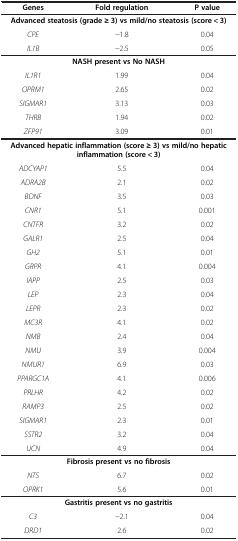
<table><thead><tr><td><b>Genes</b></td><td><b>Fold regulation</b></td><td><b>P value</b></td></tr></thead><tbody><tr><td colspan="3"><b>Advanced steatosis (grade ≥ 3) vs mild/no steatosis (score &lt; 3)</b></td></tr><tr><td><i>CPE</i></td><td>−1.8</td><td>0.04</td></tr><tr><td><i>IL1B</i></td><td>−2.5</td><td>0.05</td></tr><tr><td colspan="3"><b>NASH present vs No NASH</b></td></tr><tr><td><i>IL1R1</i></td><td>1.99</td><td>0.04</td></tr><tr><td><i>OPRM1</i></td><td>2.65</td><td>0.02</td></tr><tr><td><i>SIGMAR1</i></td><td>3.13</td><td>0.03</td></tr><tr><td><i>THRB</i></td><td>1.94</td><td>0.02</td></tr><tr><td><i>ZFP91</i></td><td>3.09</td><td>0.01</td></tr><tr><td colspan="3"><b>Advanced hepatic inflammation (score ≥ 3) vs mild/no hepatic inflammation (score &lt; 3)</b></td></tr><tr><td><i>ADCYAP1</i></td><td>5.5</td><td>0.04</td></tr><tr><td><i>ADRA2B</i></td><td>2.1</td><td>0.02</td></tr><tr><td><i>BDNF</i></td><td>3.5</td><td>0.03</td></tr><tr><td><i>CNR1</i></td><td>5.1</td><td>0.001</td></tr><tr><td><i>CNTFR</i></td><td>3.2</td><td>0.02</td></tr><tr><td><i>GALR1</i></td><td>2.5</td><td>0.04</td></tr><tr><td><i>GH2</i></td><td>5.1</td><td>0.01</td></tr><tr><td><i>GRPR</i></td><td>4.1</td><td>0.004</td></tr><tr><td><i>IAPP</i></td><td>2.5</td><td>0.03</td></tr><tr><td><i>LEP</i></td><td>2.3</td><td>0.04</td></tr><tr><td><i>LEPR</i></td><td>2.3</td><td>0.02</td></tr><tr><td><i>MC3R</i></td><td>4.1</td><td>0.02</td></tr><tr><td><i>NMB</i></td><td>2.4</td><td>0.04</td></tr><tr><td><i>NMU</i></td><td>3.9</td><td>0.004</td></tr><tr><td><i>NMUR1</i></td><td>6.9</td><td>0.03</td></tr><tr><td><i>PPARGC1A</i></td><td>4.1</td><td>0.006</td></tr><tr><td><i>PRLHR</i></td><td>4.2</td><td>0.02</td></tr><tr><td><i>RAMP3</i></td><td>2.5</td><td>0.02</td></tr><tr><td><i>SIGMAR1</i></td><td>2.3</td><td>0.01</td></tr><tr><td><i>SSTR2</i></td><td>3.2</td><td>0.04</td></tr><tr><td><i>UCN</i></td><td>4.9</td><td>0.04</td></tr><tr><td colspan="3"><b>Fibrosis present vs no fibrosis</b></td></tr><tr><td><i>NTS</i></td><td>6.7</td><td>0.02</td></tr><tr><td><i>OPRK1</i></td><td>5.6</td><td>0.01</td></tr><tr><td colspan="3"><b>Gastritis present vs no gastritis</b></td></tr><tr><td><i>C3</i></td><td>−2.1</td><td>0.04</td></tr><tr><td><i>DRD1</i></td><td>2.6</td><td>0.02</td></tr></tbody></table>